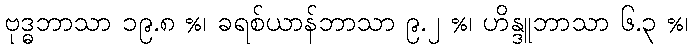
ဗုဒ္ဓဘာသာ ၁၉.၈ %၊ ခရစ်ယာန်ဘာသာ ၉.၂ %၊ ဟိန္ဒူဘာသာ ၆.၃ %၊